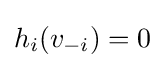
h_{i}(v_{-i})=0